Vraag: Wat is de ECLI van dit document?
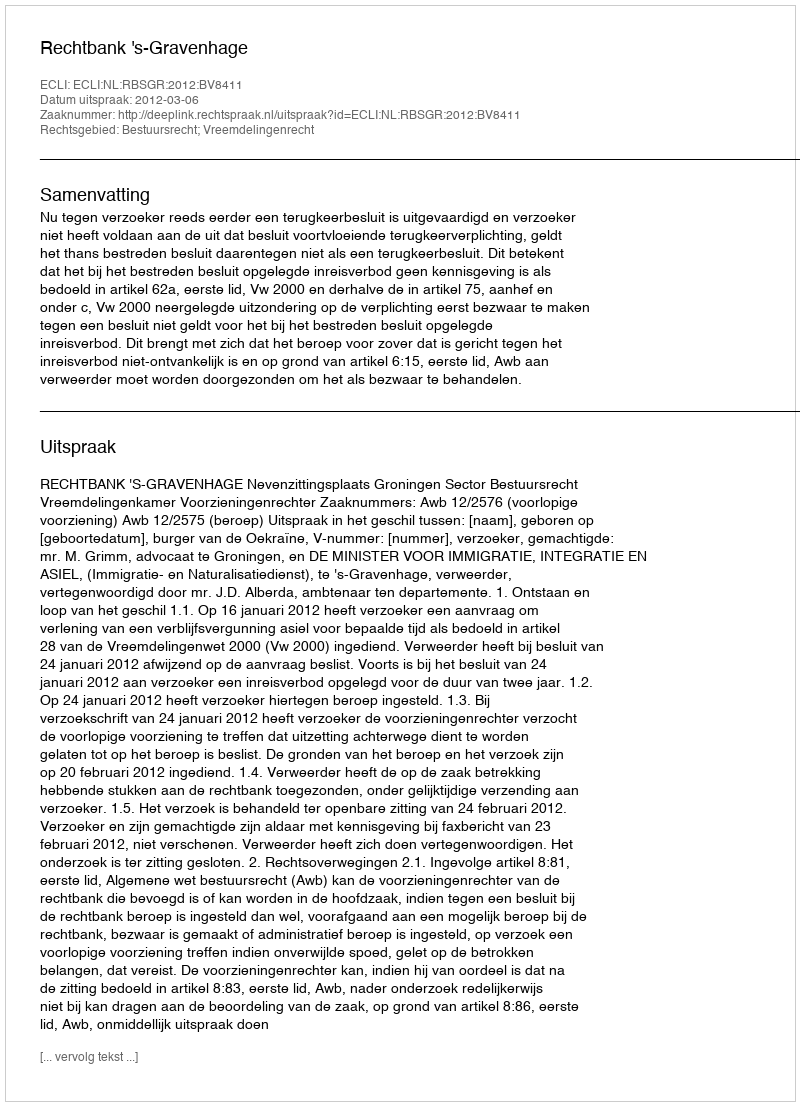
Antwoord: ECLI:NL:RBSGR:2012:BV8411